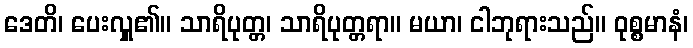
ဒေတိ၊ ပေးလှူ၏။ သာရိပုတ္တ၊ သာရိပုတ္တရာ။ မယာ၊ ငါဘုရားသည်။ ဝုစ္စမာနံ၊